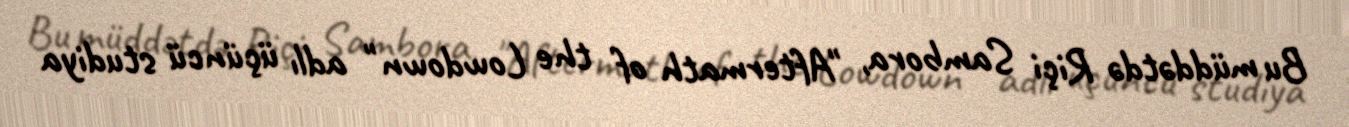
Bu müddətdə Riçi Sambora, "Aftermath of the Lowdown" adlı üçüncü studiya